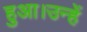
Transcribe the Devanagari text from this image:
हुआ।उन्हें